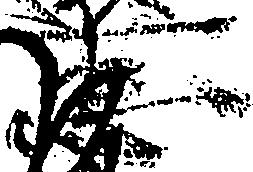
忠